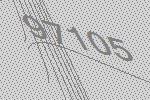
97105